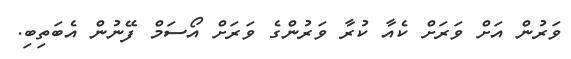
ވަރުން އަށް ވަރަށް ކެއާ ކުރާ ވަރުންގެ ވަރަށް އޯސަމް ފޭނުން އެބަތިބި.